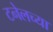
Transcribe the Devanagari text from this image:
टनेलच्या